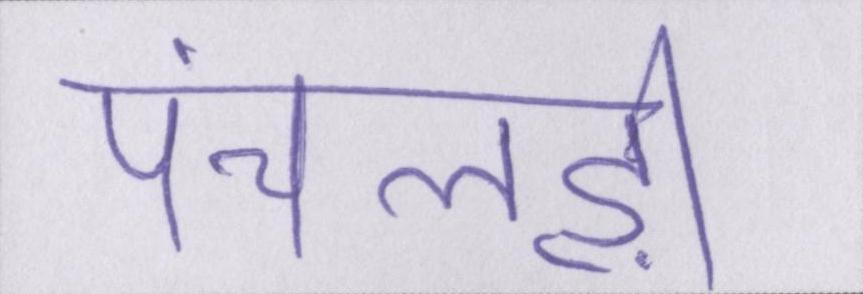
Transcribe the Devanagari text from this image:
पंचलड़ी